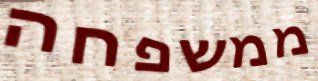
ממשפחה